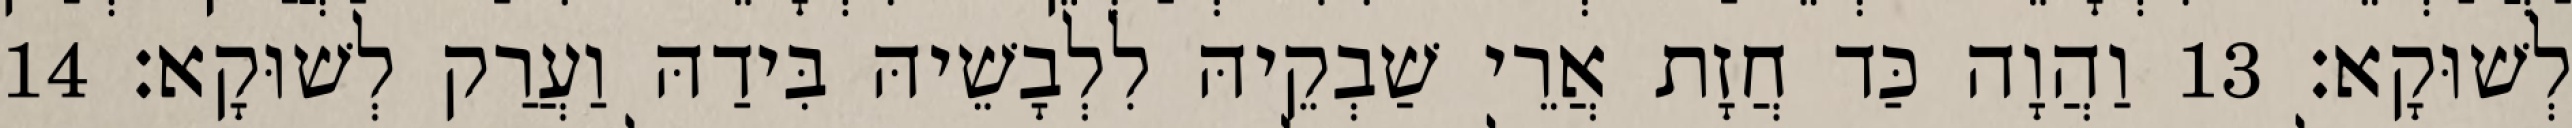
לְשׁוּקָא׃ 13 וַהֲוָה כַּד חֲזָת אֲרֵי שַׁבְקֵיהּ לִלְבָשֵׁיהּ בִּידַהּ וַעֲרַק לְשׁוּקָא׃ 14